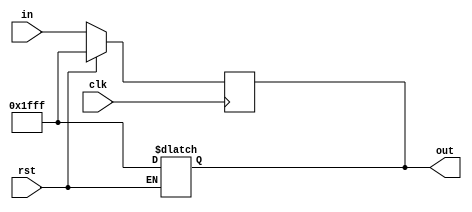
`timescale 1ns/1ns
module pcreg(input[12:0] in,input clk,rst,output reg[12:0] out);
	always@(posedge clk)begin
		if(rst)
			out<=-1;
		else
			out<=in;
	end
	always@(rst)begin
		if(rst)
			out<=-1;
	end
endmodule